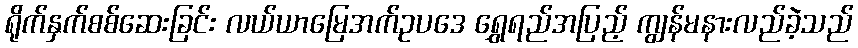
ရိုက်နှက်စစ်ဆေးခြင်း လယ်ယာမြေအက်ဥပဒေ ရွှေရည်အပြည့် ကျွန်မနားလည်ခဲ့သည်